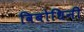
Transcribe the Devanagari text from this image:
विबोधिनी